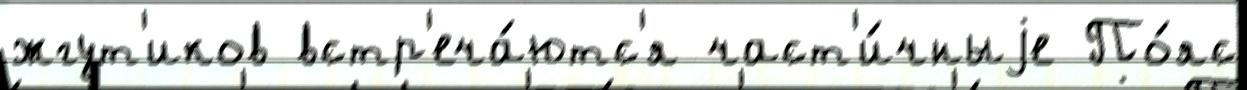
жгут'иков встр'еча́ютс'я част'и́чныjе По́яс